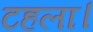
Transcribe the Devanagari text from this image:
टहला।